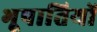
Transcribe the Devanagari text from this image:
भूपातियों